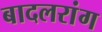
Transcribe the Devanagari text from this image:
बादलरांग